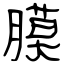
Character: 膜